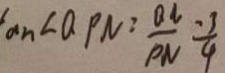
a n \angle Q P N = \frac { Q N } { P N } = \frac { 3 } { 4 }